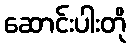
ဆောင်းပါးတို